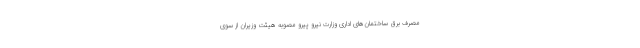
مصرف برق ساختمان‌های اداری وزارت نیرو پیرو مصوبه هیئت وزیران از سوی